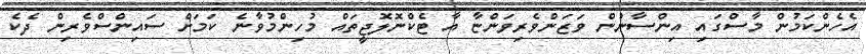
އެހެންކަމުން މާސްގައި އިންސާނުން ވަޒަންވެރިވަންޏާ އާ ޓެކްނޮލޮޖީތައް މުހިންމުވާނެ ކަމަށް ސައިންސްވެރިން ދެކެ